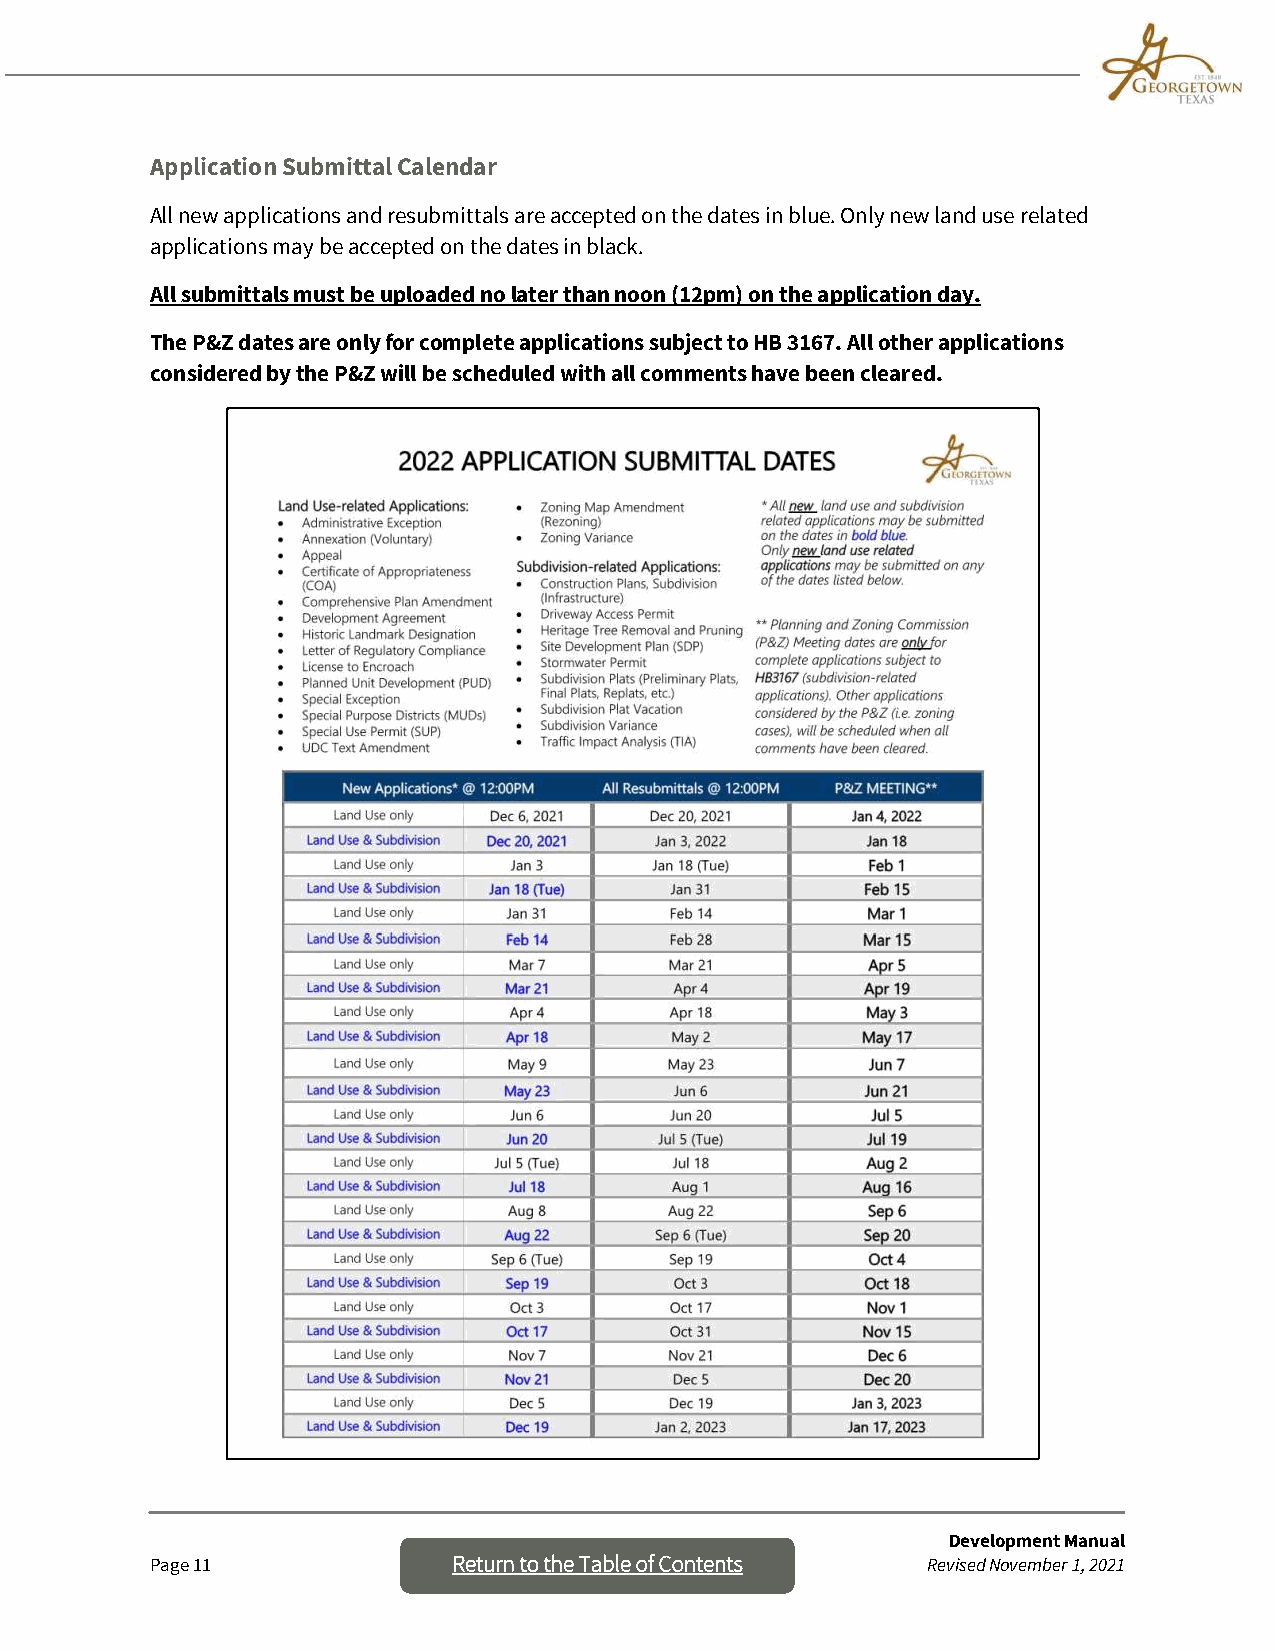
Application Submittal Calendar
 All new applications and resubmittals are accepted on the dates in blue. Only new land use related
 applications may be accepted on the dates in black.
 All submittals must be uploaded no later than noon (12pm) on the application day.
 The P&Z dates are only for complete applications subject to HB 3167. All other applications
 considered by the P&Z will be scheduled with all comments have been cleared.
 Development Manual
 Page 11             Return to the Table o f Contents Revised November 1, 2021